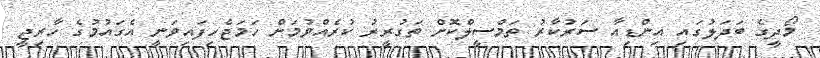
މޯދީގެ ބަދަލުގައި އިންޑިއާ ސަރުކާރު ތަމްސީލްކޮށް ތަގުރީރު ކުރެއްވުމަށް ހަމަޖެހިފައިވަނީ އެގައުމުގެ ހާރިޖީ